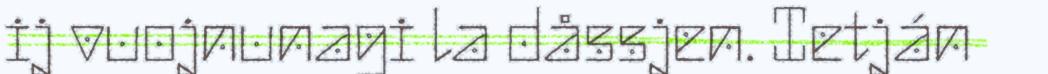
ij vuojnunagi la dåssjen. Ietján